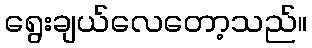
ရွေးချယ်လေတော့သည်။